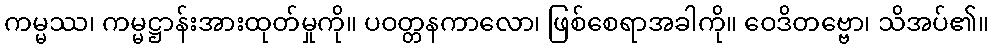
ကမ္မဿ၊ ကမ္မဋ္ဌာန်းအားထုတ်မှုကို။ ပဝတ္တနကာလော၊ ဖြစ်စေရာအခါကို။ ဝေဒိတဗ္ဗော၊ သိအပ်၏။